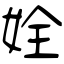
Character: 姾